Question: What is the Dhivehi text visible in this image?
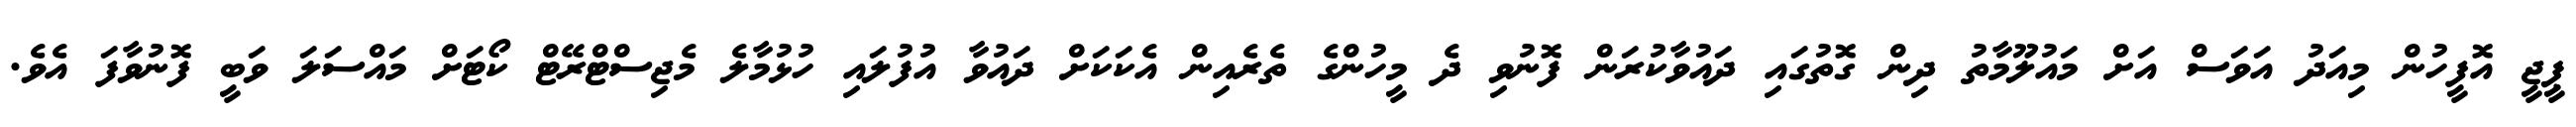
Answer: ޕީޖީ އޮފީހުން މިއަދު އަވަސް އަށް މައުލޫމާތު ދިން ގޮތުގައި ދައުވާކުރަން ފޮނުވި ދެ މީހުންގެ ތެރެއިން އެކަކަށް ދައުވާ އުފުލައި ހުޅުމާލެ މެޖިސްޓްރޭޓް ކޯޓަށް މައްސަލަ ވަބީ ފޮނުވާފަ އެވެ.